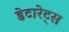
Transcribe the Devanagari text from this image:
डेटारेट्स